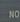
no